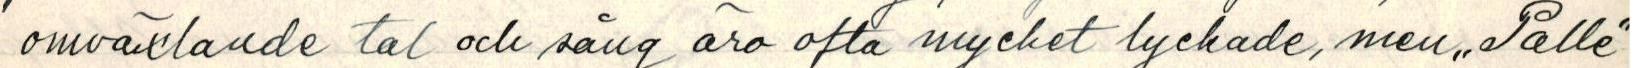
omväxlande tal och sång äro ofta mycket lyckade, men ,,Palle"